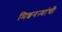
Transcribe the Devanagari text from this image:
मिशनऱ्यांची